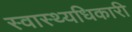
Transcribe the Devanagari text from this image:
स्वास्थ्यधिकारी